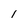
Character: I